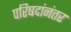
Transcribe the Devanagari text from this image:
परिषदांनंतर